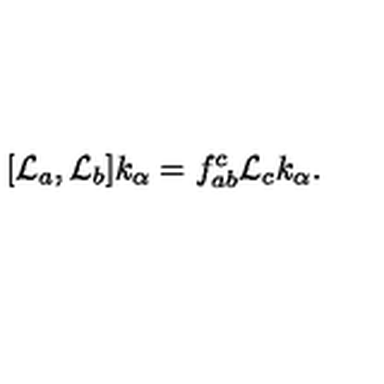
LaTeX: [ { \cal L } _ { a } , { \cal L } _ { b } ] k _ { \alpha } = f _ { a b } ^ { c } { \cal L } _ { c } k _ { \alpha } .